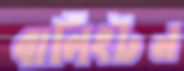
বার্লিংটন